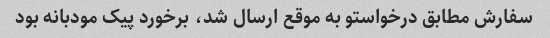
سفارش مطابق درخواستو به موقع ارسال شد، برخورد پیک مودبانه بود